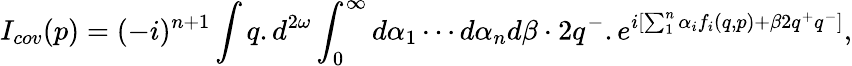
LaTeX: I_{cov}(p)=(-i)^{n+1}\int q.d^{2\omega}\int_{0}^{\infty}d\alpha_{1}\cdots d\alpha_{n}d\beta\cdot 2q^{-}.e^{i[\sum_{1}^{n}\alpha_{i}f_{i}(q,p)+\beta 2q^{+}q^{-}]},